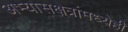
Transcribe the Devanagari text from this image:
अभ्यासक्षेत्रांमध्येही